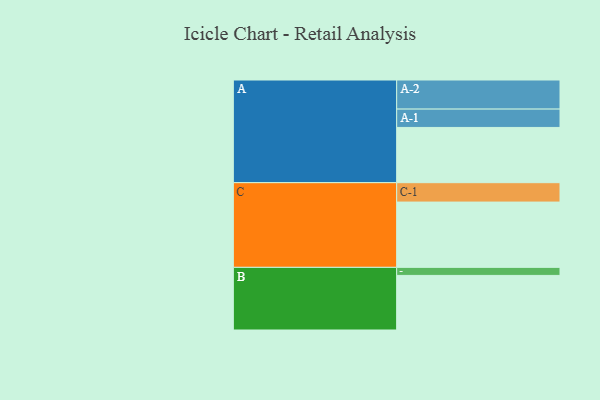
{"axis": {"x": "Segment", "y": "Value"}, "legend": ["", "A", "B", "C"], "data": [{"x": "A", "y": 433, "type": ""}, {"x": "B", "y": 428, "type": ""}, {"x": "C", "y": 512, "type": ""}, {"x": "A-1", "y": 144, "type": "A"}, {"x": "A-2", "y": 228, "type": "A"}, {"x": "B-1", "y": 63, "type": "B"}, {"x": "C-1", "y": 152, "type": "C"}]}